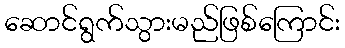
ဆောင်ရွက်သွားမည်ဖြစ်ကြောင်း